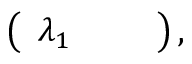
\left( \begin{array} { l l l } { \lambda _ { 1 } } & { } & { } \end{array} \right) ,